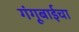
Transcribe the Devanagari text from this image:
गंगूबाईचा